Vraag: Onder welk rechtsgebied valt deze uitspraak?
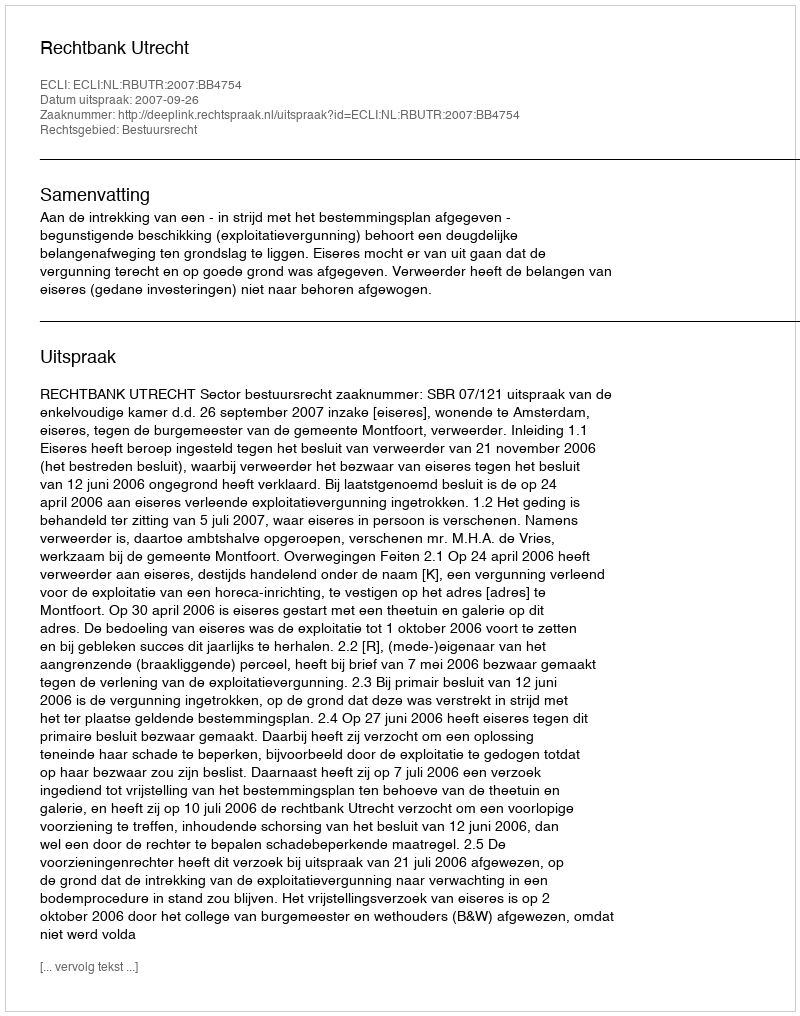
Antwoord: Bestuursrecht